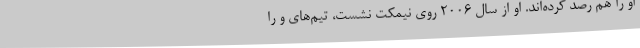
او را هم رصد کرده‌اند. او از سال 2006 روی نیمکت نشست، تیم‌های و را